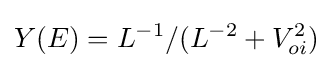
Y(E)=L^{-1}/(L^{-2}+V_{oi}^{2})